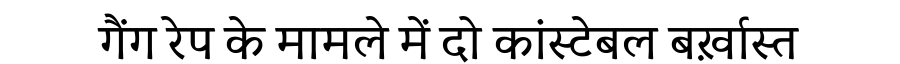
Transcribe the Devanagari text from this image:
गैंग रेप के मामले में दो कांस्टेबल बर्ख़ास्त